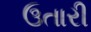
ઉતારી